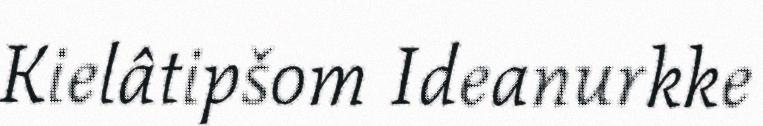
Kielâtipšom Ideanurkke